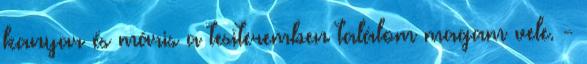
kanyar és máris a tesiteremben találom magam vele. -